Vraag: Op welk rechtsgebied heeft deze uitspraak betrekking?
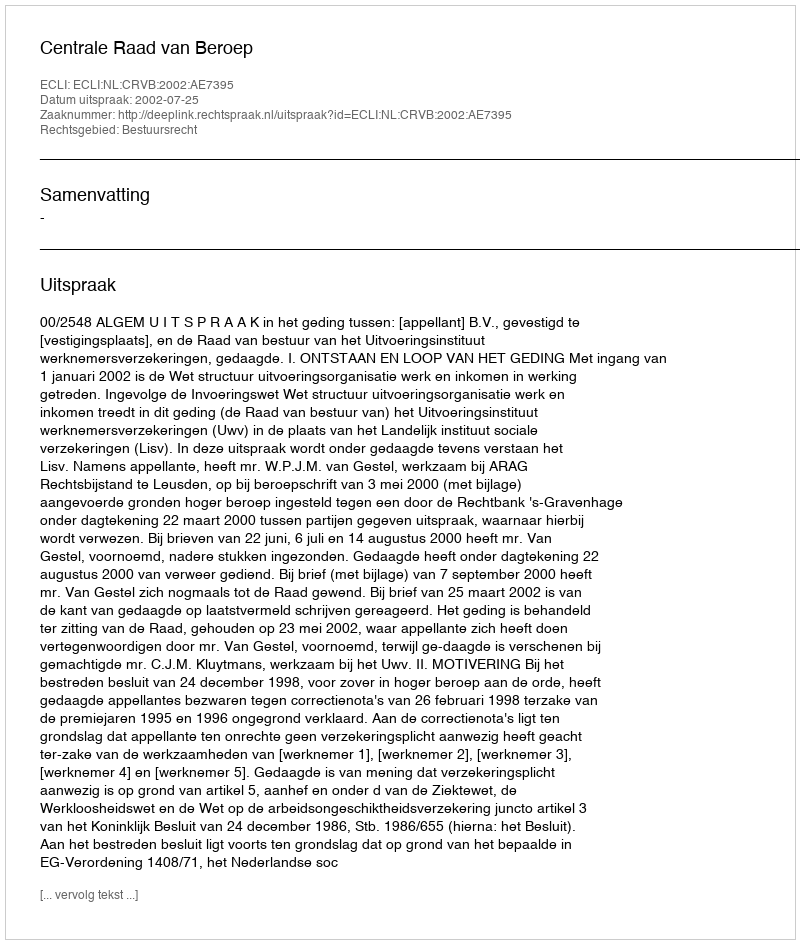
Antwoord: Bestuursrecht